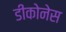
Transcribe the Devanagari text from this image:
डीकोनेस